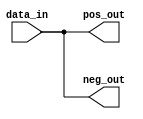
module arith_out_duplicate (data_in, pos_out, neg_out);
parameter IN_WIDTH = 32;
parameter OUT_WIDTH = 32;
input [IN_WIDTH-1:0] data_in;
output [OUT_WIDTH-1:0] pos_out, neg_out;


assign pos_out[IN_WIDTH-1:0] = data_in;
assign neg_out[IN_WIDTH-1:0] = data_in;

endmodule